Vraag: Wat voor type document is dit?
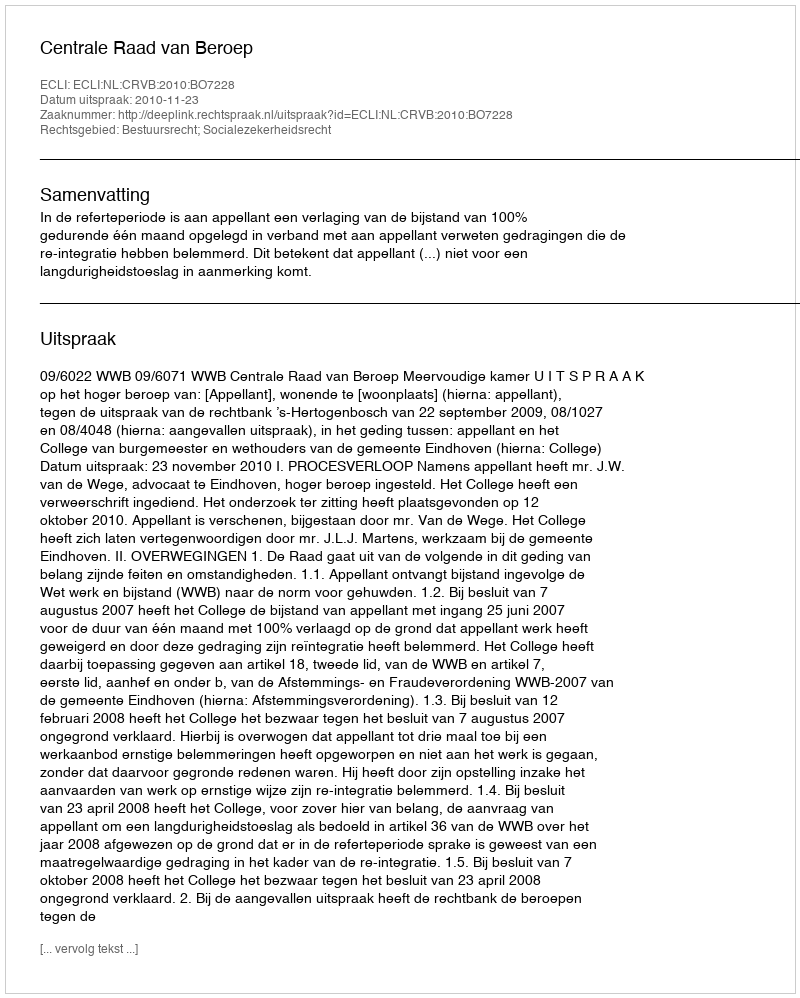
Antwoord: Uitspraak